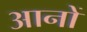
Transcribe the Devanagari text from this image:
आनों